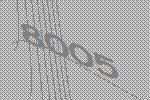
8005